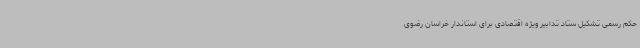
حکم رسمی تشکیل ستاد تدابیر ویژه اقتصادی برای استاندار خراسان رضوی